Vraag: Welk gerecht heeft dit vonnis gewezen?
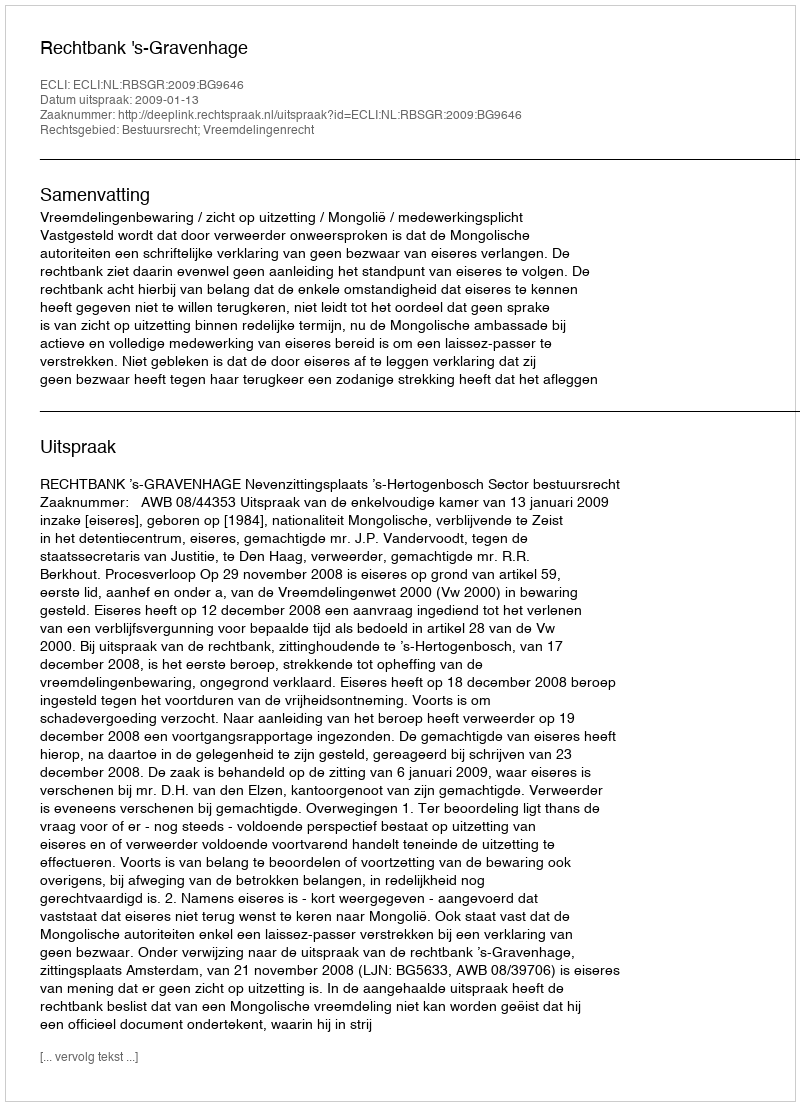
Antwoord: Rechtbank 's-Gravenhage